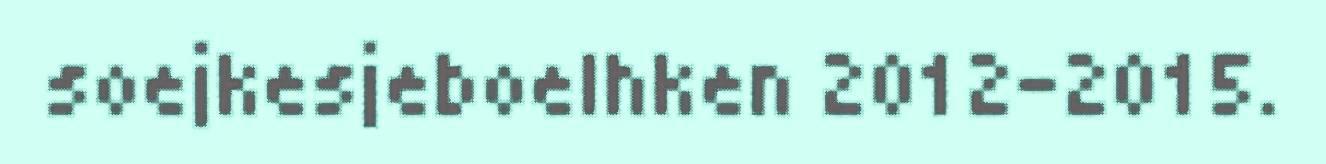
soejkesjeboelhken 2012-2015.